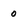
Character: 0